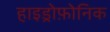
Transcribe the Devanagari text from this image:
हाइड्रोफ़ोनिक